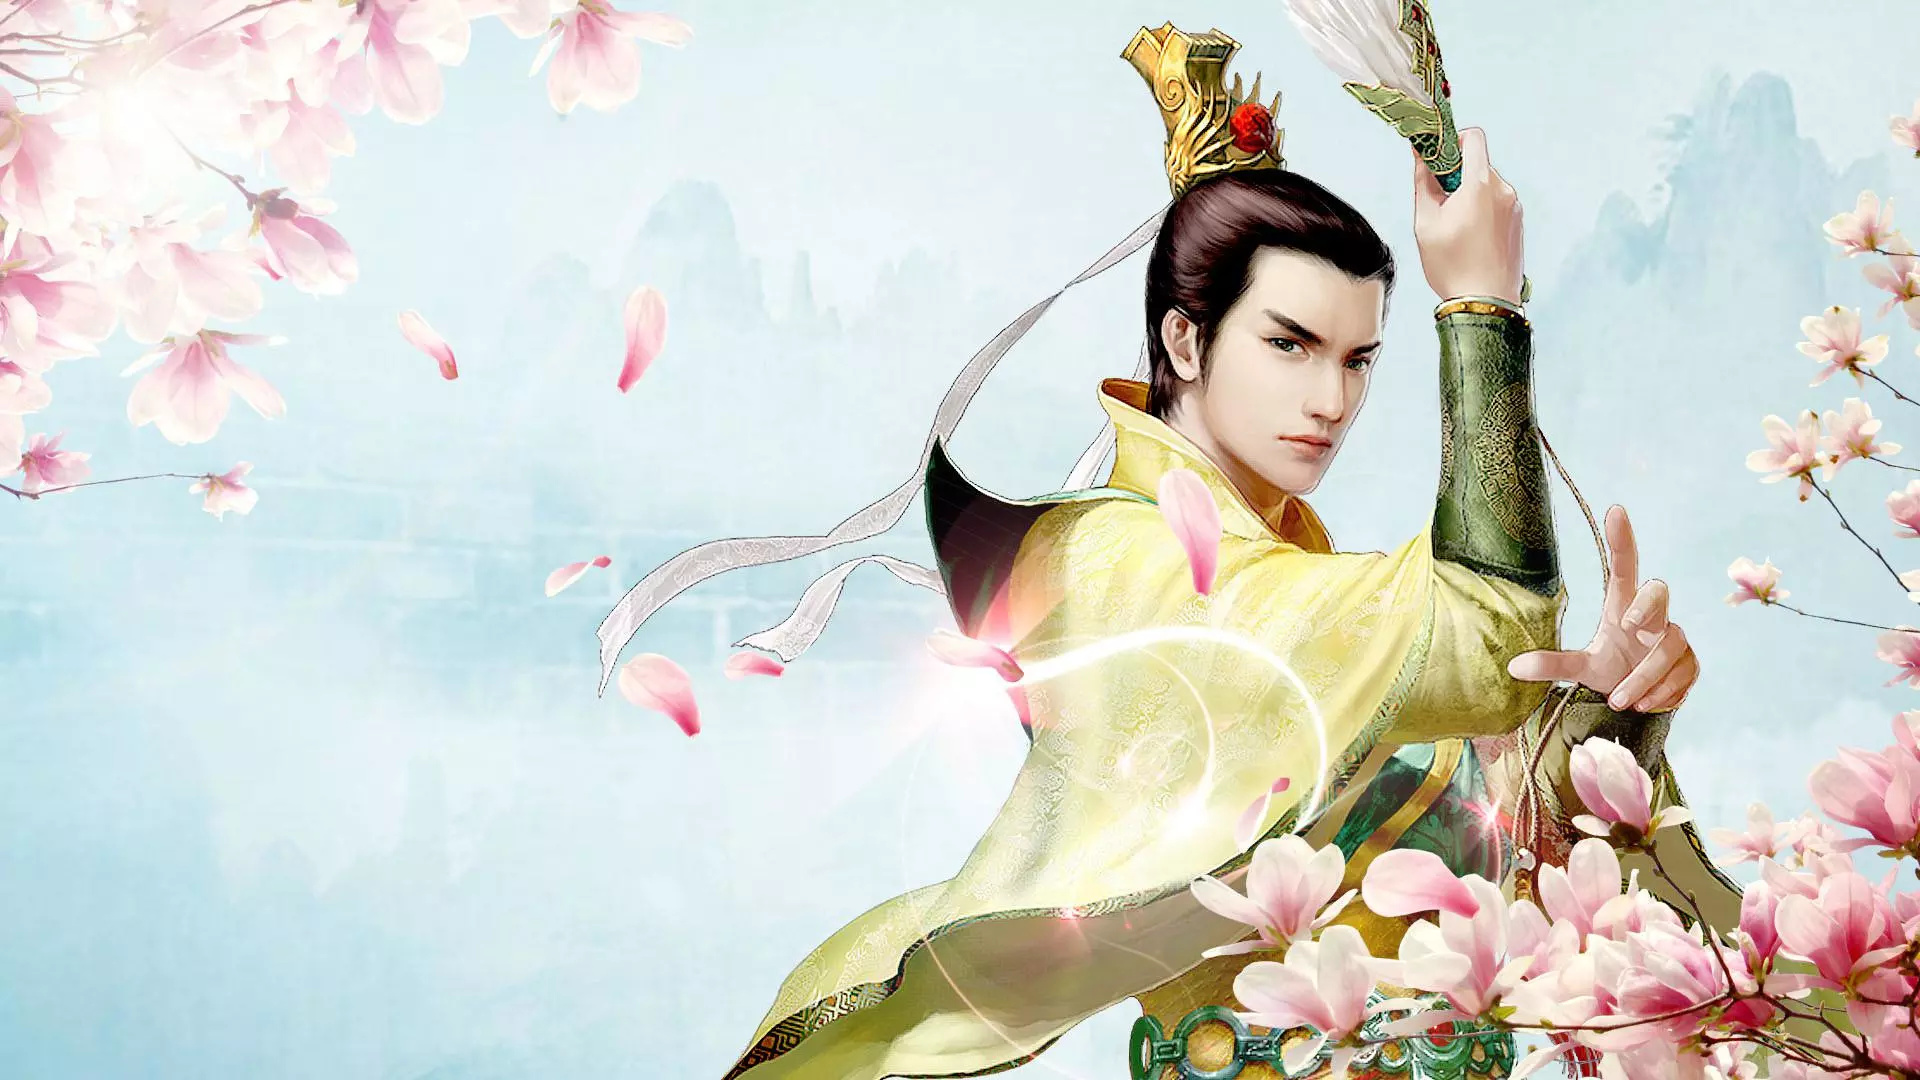
金带连环束战袍，马头冲雪度临洮。